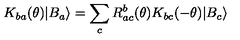
K _ { b a } ( \theta ) | B _ { a } \rangle = \sum _ { c } R _ { a c } ^ { b } ( \theta ) K _ { b c } ( - \theta ) | B _ { c } \rangle